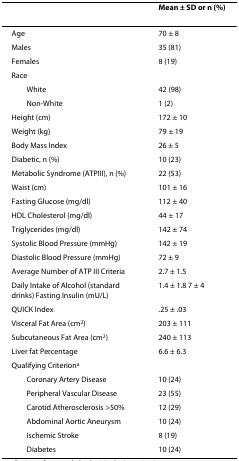
|  | Mean ± SD or n (%) |
 | --- | --- |
 | Age | 70 ± 8 |
 | Males | 35 (81) |
 | Females | 8 (19) |
 | Race |  |
 | White | 42 (98) |
 | Non-White | 1 (2) |
 | Height (cm) | 172 ± 10 |
 | Weight (kg) | 79 ± 19 |
 | Body Mass Index | 26 ± 5 |
 | Diabetic, n (%) | 10 (23) |
 | Metabolic Syndrome (ATPIII), n (%) | 22 (53) |
 | Waist (cm) | 101 ± 16 |
 | Fasting Glucose (mg/dl) | 112 ± 40 |
 | HDL Cholesterol (mg/dl) | 44 ± 17 |
 | Triglycerides (mg/dl) | 142 ± 74 |
 | Systolic Blood Pressure (mmHg) | 142 ± 19 |
 | Diastolic Blood Pressure (mmHg) | 72 ± 9 |
 | Average Number of ATP III Criteria | 2.7 ± 1.5 |
 | Daily Intake of Alcohol (standard drinks) Fasting Insulin (mU/L) | 1.4 ± 1.8 7 ± 4 |
 | QUICK Index | .25 ± .03 |
 | Visceral Fat Area (cm2) | 203 ± 111 |
 | Subcutaneous Fat Area (cm2) | 240 ± 113 |
 | Liver fat Percentage | 6.6 ± 6.3 |
 | Qualifying Criteriona |  |
 | Coronary Artery Disease | 10 (24) |
 | Peripheral Vascular Disease | 23 (55) |
 | Carotid Atherosclerosis >50% | 12 (29) |
 | Abdominal Aortic Aneurysm | 10 (24) |
 | Ischemic Stroke | 8 (19) |
 | Diabetes | 10 (24) |